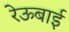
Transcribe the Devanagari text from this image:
रेऊबाई